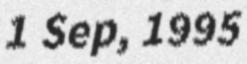
1 Sep, 1995